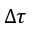
\Delta \tau